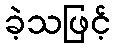
ခဲ့သဖြင့်